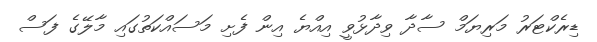
ޑިރެކްޓަރު މަރިޔަމް ސާދާ ވިދާޅުވީ އިއްޔެ އިން ފެށި މަސައްކަތުގައި މާލޭގެ ފަސް